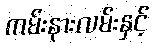
ကမ်းနားလမ်းနှင့်